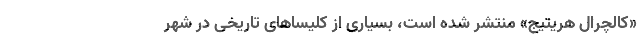
«کالچرال هریتیج» منتشر شده است، بسیاری از کلیساهای تاریخی در شهر